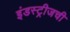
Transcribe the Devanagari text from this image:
इंडस्ट्रीजची